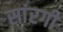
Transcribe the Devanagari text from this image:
सांरगी